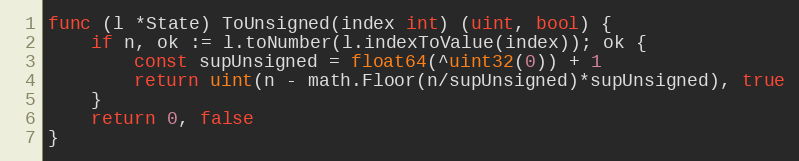
Language: Go
func (l *State) ToUnsigned(index int) (uint, bool) {
	if n, ok := l.toNumber(l.indexToValue(index)); ok {
		const supUnsigned = float64(^uint32(0)) + 1
		return uint(n - math.Floor(n/supUnsigned)*supUnsigned), true
	}
	return 0, false
}